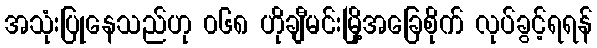
အသုံးပြုနေသည်ဟု ၀၆၈ ဟိုချီမင်းမြို့အခြေစိုက် လုပ်ခွင့်ရရန်